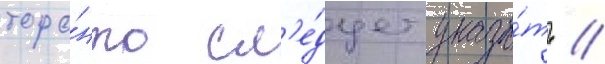
торо́нто сл'е́дует указа́ть //